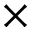
\times